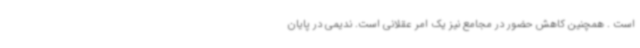
است . همچنین کاهش حضور در مجامع نیز یک امر عقلانی است. ندیمی در پایان